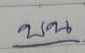
บน